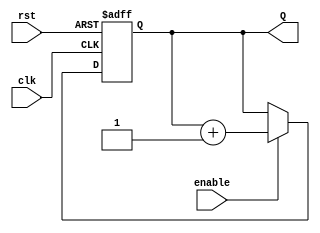
module Counter #(parameter n = 4)(
    input clk,
    input rst,
    input enable,
    output reg [n-1:0] Q
    );

 always @(posedge rst, posedge clk) 
    begin
        if (rst)
            Q <= {n{1'b0}};
        else
            if (enable)
				//Va aumentando el contador 1 en 1
                Q <= Q + 1'b1;
            else
                Q <= Q;
    end 
endmodule